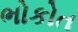
ભોકોત